Vaccination United Provinces of Agra and Oudh 1923-1928 - 1923-1928
Year: 1923
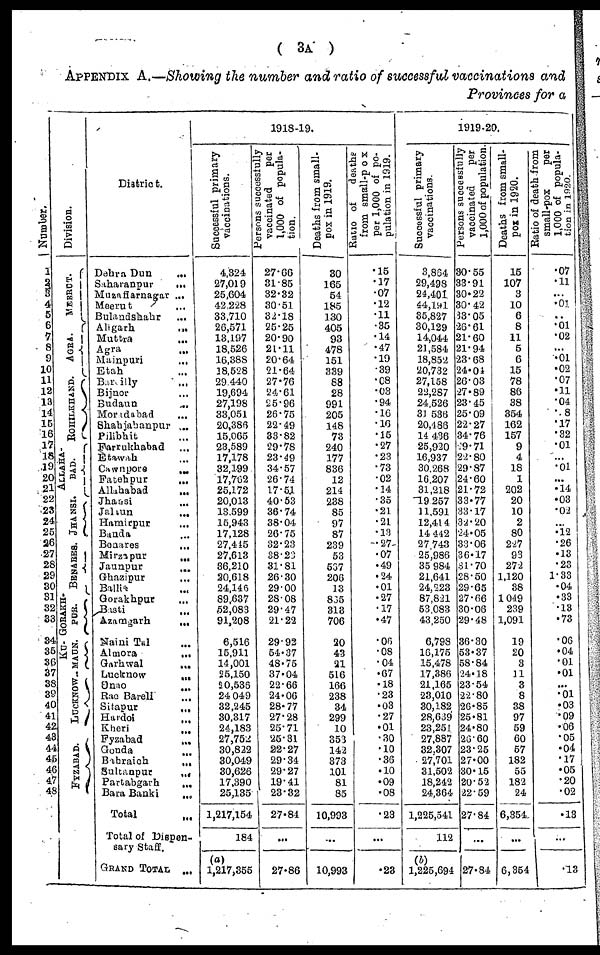
( 3A )
APPENDIX A.—Showing the number and ratio of successful vaccinations and
Provinces for a
Number.
1
2 3
4
5
6
7
8
9
10
11
12
13
14
15
16
17
18
19
20
21
22
23
24
25
26
27
28
29
30
31
32
33
34
35
36
37
38
39
40
41
42
43
44
45
46
47
48
Division.
MEERUT.
AGRA.
ROHILKHAND.
ALLAHA
BAD.
JHANSI.
BENARES.
GORAKH-
PUR.
KU-
MAUN.
LUCKNOW
FYZABAD.
District.
Dahra Dun
...
Saharanpur
...
Muzaffarnagar ...
Meerut
...
Bulandshahr
...
Aligarh ...
Muttra ...
Agra ...
Mainpuri
...
Etah ...
Bareilly ...
Bijnor ...
Budaun
...
Moradabad
...
Shahjahanpur ...
Pilibhit ...
Farrukhabad ...
Etawah ...
Cawnpore
...
Fatehpur
...
Allahabad ...
Jhansi ...
Jalaun
...
Hamirpur
...
Banda ...
Benares ...
Mirzapur
...
Jaunpur ...
Ghazipur ...
Ballia ...
Gorakhpur ...
Basti ...
Azamgarh
...
Naini Tal ...
Almora
...
Garhwal
...
Lucknow
...
Unao
...
Rae Bareli ...
Sitapur
...
Hardoi ...
Kheri ...
Fyzabad
...
Gonda
...
Bahraich
...
Sultanpur
...
Partabgarh
...
Bara Banki
...
Total ...
Total of Dispen-
sary Staff.
GRAND TOTAL ...
1918-19.
Successful primary
vaccinations.
4,324
27,019
25,604
42,228
33,710
26,571
13,197
18,526
16,388
18,528
29,440
19,694
27,198
33,051
20,386
15,065
23,589
17,178
32,199
17,762
25,172
20,013
13,599
15,943
17,128
27,445
27,613
36,210
20,618
24,146
89,637
52,083
91,208
6,516
15,911
14,001
25,150
20,536
24,049
32,245
30,317
24,183
27,752
30,822
30,049
30,626
17,390
25,135
1,217,154
184
(a)
1,217,355
Persons successfully
vaccinated
per
1,000 of popula-
tion.
27.66
31.85
32.32
30.51
32.18
25.25
20.90
21.11
20.64
21.64
27.76
24.61
25.96
26.75
22.49
33.82
29.78
23.49
34.57
26.74
17.51
40.53
36.74
38.04
26.75
32.23
38.23
31.81
26.30
29.00
28.08
29.47
21.22
29.92
54.37
48.75
37.04
22.66
24.06
28.77
27.28
25.71
25.31
22.27
29.34
29.27
19.41
23.32
27.84
...
27.86
Deaths from small-
pox in 1919.
30
165
54
185
130
405
93
478
151
339
88
28
991
205
148
73
240
177
836
12
214
238
85
97
87
239
53
537
206
13
835
313
706
20
43
21
516
166
238
34
299
10
353
142
373
101
81
85
10,993
...
10,993
Ratio of
deaths
from small-pox
per 1,000 of po-
pulation in 1919.
.15
.17
.07
.12
.11
.35
.14
.47
.19
.39
.08
.03
.94
.16
.16
.15
.27
.23
.73
.02
.14
.35
.21
.21
.13
.27
.07
.49
.24
.01
.27
.17
.47
.06
.08
.04
.67
.18
.23
.03
.27
.01
.30
.10
.36
.10
.09
.08
.23
...
.23
1919-20.
Successful primary
vaccinations.
3,864
29,498
24,401
44,191
35,827
30,129
14,044
21,584
18,852
20,732
27,158
22,287
24,526
31,536
20,486
14,436
25,920
16,937
30,268
16,207
31,218
19,257
11,591
12,414
14,442
27,743
25,986
35,984
21,641
24,223
87,821
53,083
43,250
6,793
16,175
15,478
17,386
21,165
23,010
30,182
28,639
23,251
27,887
32,307
27,701
31,502
18,242
24,364
1,225,541
112
(b)
1,225,694
Persons succeesfully
vaccinated
per
1,000 of population.
30.55
33.91
30.22
30.42
83.05
26.61
21.60
21.94
23.68
24.04
26.03
27.89
23.45
25.09
22.27
34.76
9.71
22.80
29.87
24.60
21.72
33.77
33.17
32.20
24.05
33.06
36.17
31.70
28.50
29.65
27.66
30.06
29.48
36.30
53.37
58.84
24.18
23.54
22.80
26.85
25.81
24.80
26.60
23.25
27.00
30.15
20.52
22.59
27.84
...
27.84
Deaths from small-
pox in 1920.
15
107
3
10
6
8
11
5
6
15
78
86
38
354
162
157
9
4
18
1
202
20
10
2
80
227
93
272
1,120
38
1,049
239
1,091
19
20
3
11
3
8
38
97
59
60
57
182
55
182
24
6,354
...
6,354
Ratio of death from
small-pox
per
1,000 of popula-
tion in 1920.
.07
.11
...
.01
...
.01
.02
...
.01
.02
.07
.11
.04
.8
.17
.32
.01
...
.01
...
.14
.03
.02
...
.12
.26
.13
.23
1.33
.04
.33
.13
.73
.06
.04
.01
.01
...
.01
.03
.09
.06
.05
.04
.17
.05
.20
.02
.13
...
.13